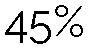
45%